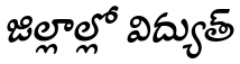
జిల్లాల్లో విద్యుత్